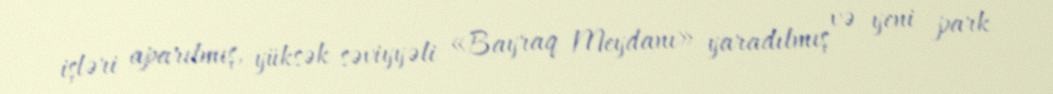
işləri aparılmış, yüksək səviyyəli «Bayraq Meydanı» yaradılmış və yeni park